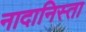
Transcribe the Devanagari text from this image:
नादानिस्ता